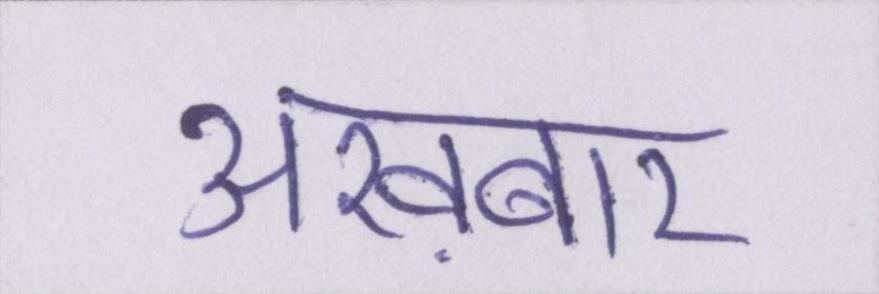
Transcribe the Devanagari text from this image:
अख़बार